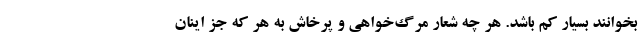
بخوانند بسیار کم باشد. هر چه شعار مرگ‌خواهی و پرخاش به هر که جز اینان